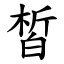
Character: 皙